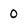
Character: 0